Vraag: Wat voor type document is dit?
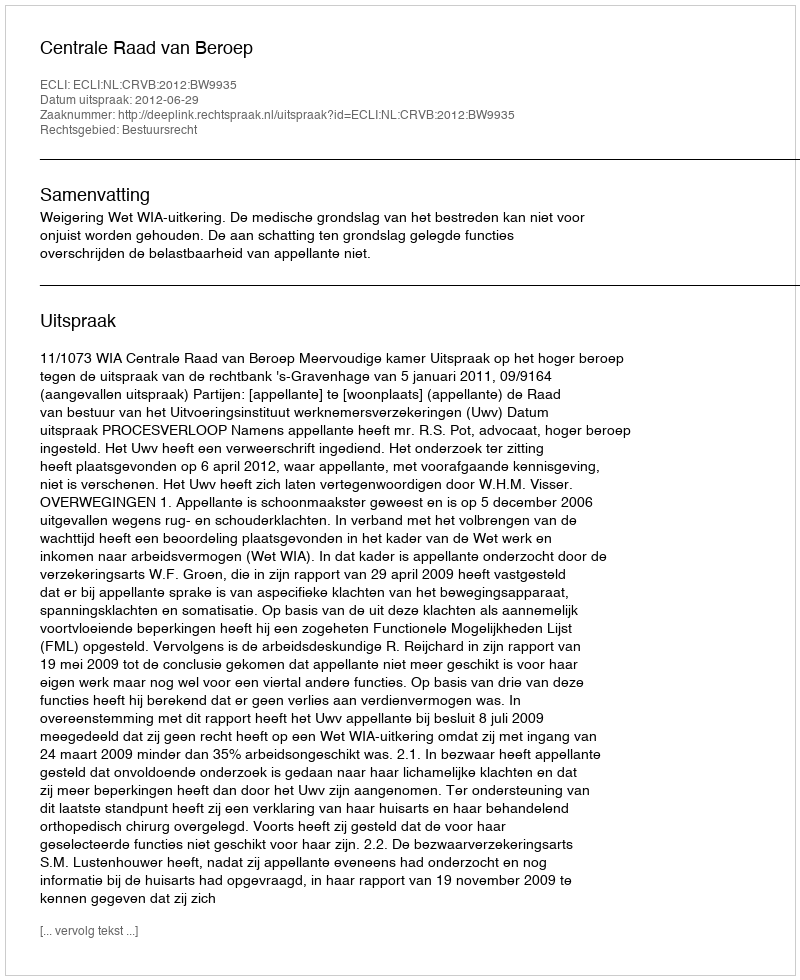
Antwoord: Uitspraak